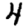
Digit: 4